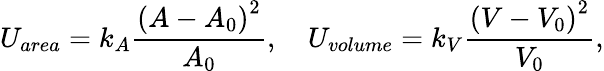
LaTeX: U_{area}=k_{A}\frac{\left(A-A_{0}\right)^{2}}{A_{0}},\quad U_{volume}=k_{V}\frac{\left(V-V_{0}\right)^{2}}{V_{0}},